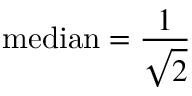
{ \mathrm { m e d i a n } } = { \frac { 1 } { \sqrt { 2 } } }